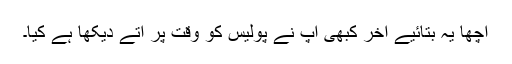
اچھا یہ بتائیے آخر کبھی آپ نے پولیس کو وقت پر آتے دیکھا ہے کیا۔